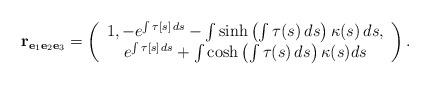
LaTeX: \begin{align*}\mathbf{r}_{\mathbf{e}_{1}\mathbf{e}_{2}\mathbf{e}_{3}}=\left(\begin{array}{c}1,-e^{\int \tau \lbrack s]\,ds}-\int \sinh \left( \int \tau (s)\,ds\right)\kappa (s)\,ds, \\e^{\int \tau \lbrack s]\,ds}+\int \cosh \left( \int \tau (s)\,ds\right)\kappa (s)ds\end{array}\right).\end{align*}